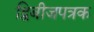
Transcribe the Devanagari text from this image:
द्विबीजपत्रक